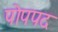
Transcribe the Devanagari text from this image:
पोपपद